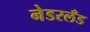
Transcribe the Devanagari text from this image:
नेडरलँड